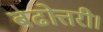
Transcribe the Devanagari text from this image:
बढोत्तरी।